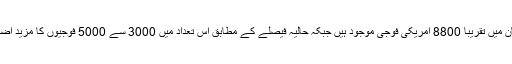
اس وقت افغانستان میں تقریباً 8800 امریکی فوجی موجود ہیں جبکہ حالیہ فیصلے کے مطابق اس تعداد میں 3000 سے 5000 فوجیوں کا مزید اضافہ کیا جائے گا۔